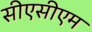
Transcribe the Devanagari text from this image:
सीएसीएम